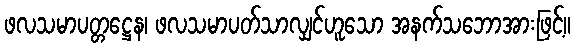
ဖလသမာပတ္တဋ္ဌေန၊ ဖလသမာပတ်သာလျှင်ဟူသော အနက်သဘောအားဖြင့်။